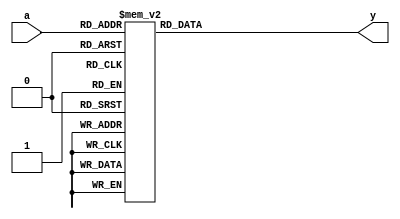
`timescale 1ns / 1ps
//////////////////////////////////////////////////////////////////////////////////
// Company: 
// Engineer: 
// 
// Design Name: 
// Module Name:    decoder38 
// Project Name: 
// Target Devices: 
// Tool versions: 
// Description: 
//
// Dependencies: 
//
// Revision: 
// Revision 0.01 - File Created
// Additional Comments: 
//
//////////////////////////////////////////////////////////////////////////////////
module decoder38(
		a,
		y
    );

	//Port modes
	input  [2:0] a;
	output [7:0] y;
	
	//Registered identifiers
	reg [7:0] y;
	
	//Functionality
	always @ (a)
		case (a)
			3'b000 : y <= 8'b0000_0001;
			3'b001 : y <= 8'b0000_0010;
			3'b010 : y <= 8'b0000_0100;
			3'b011 : y <= 8'b0000_1000;
			3'b100 : y <= 8'b0001_0000;
			3'b101 : y <= 8'b0010_0000;
			3'b110 : y <= 8'b0100_0000;
			3'b111 : y <= 8'b1000_0000;
			default: y <= 8'b0000_0000;
		endcase
		
endmodule